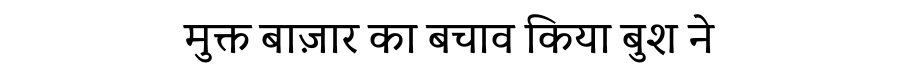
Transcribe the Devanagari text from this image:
मुक्त बाज़ार का बचाव किया बुश ने